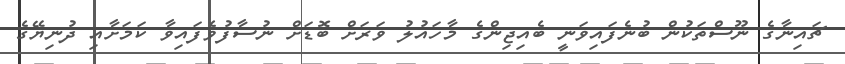
ޗައިނާގެ ނޫސްތަކުން ބުނެފައިވަނީ ބެއިޖިންގެ މާހައުލު ވަރަށް ބޮޑަށް ނުސާފުވެފައިވާ ކަމަށާއި ދުނިޔޭގެ